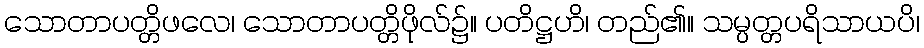
သောတာပတ္တိဖလေ၊ သောတာပတ္တိဖိုလ်၌။ ပတိဋ္ဌဟိ၊ တည်၏။ သမ္ပတ္တပရိသာယပိ၊